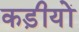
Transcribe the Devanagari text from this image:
कड़ीयों